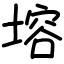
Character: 塎